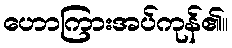
ဟောကြားအပ်ကုန်၏။